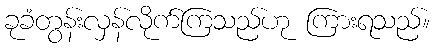
ခုခံတွန်းလှန်လိုက်ကြသည်ဟု ကြားရသည်။